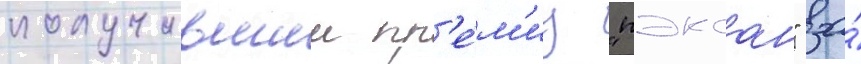
получившии пр'е́м'иу "пэксан" за́